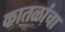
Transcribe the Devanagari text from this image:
कातळांचा